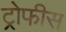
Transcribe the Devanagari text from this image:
ट्रोफीस